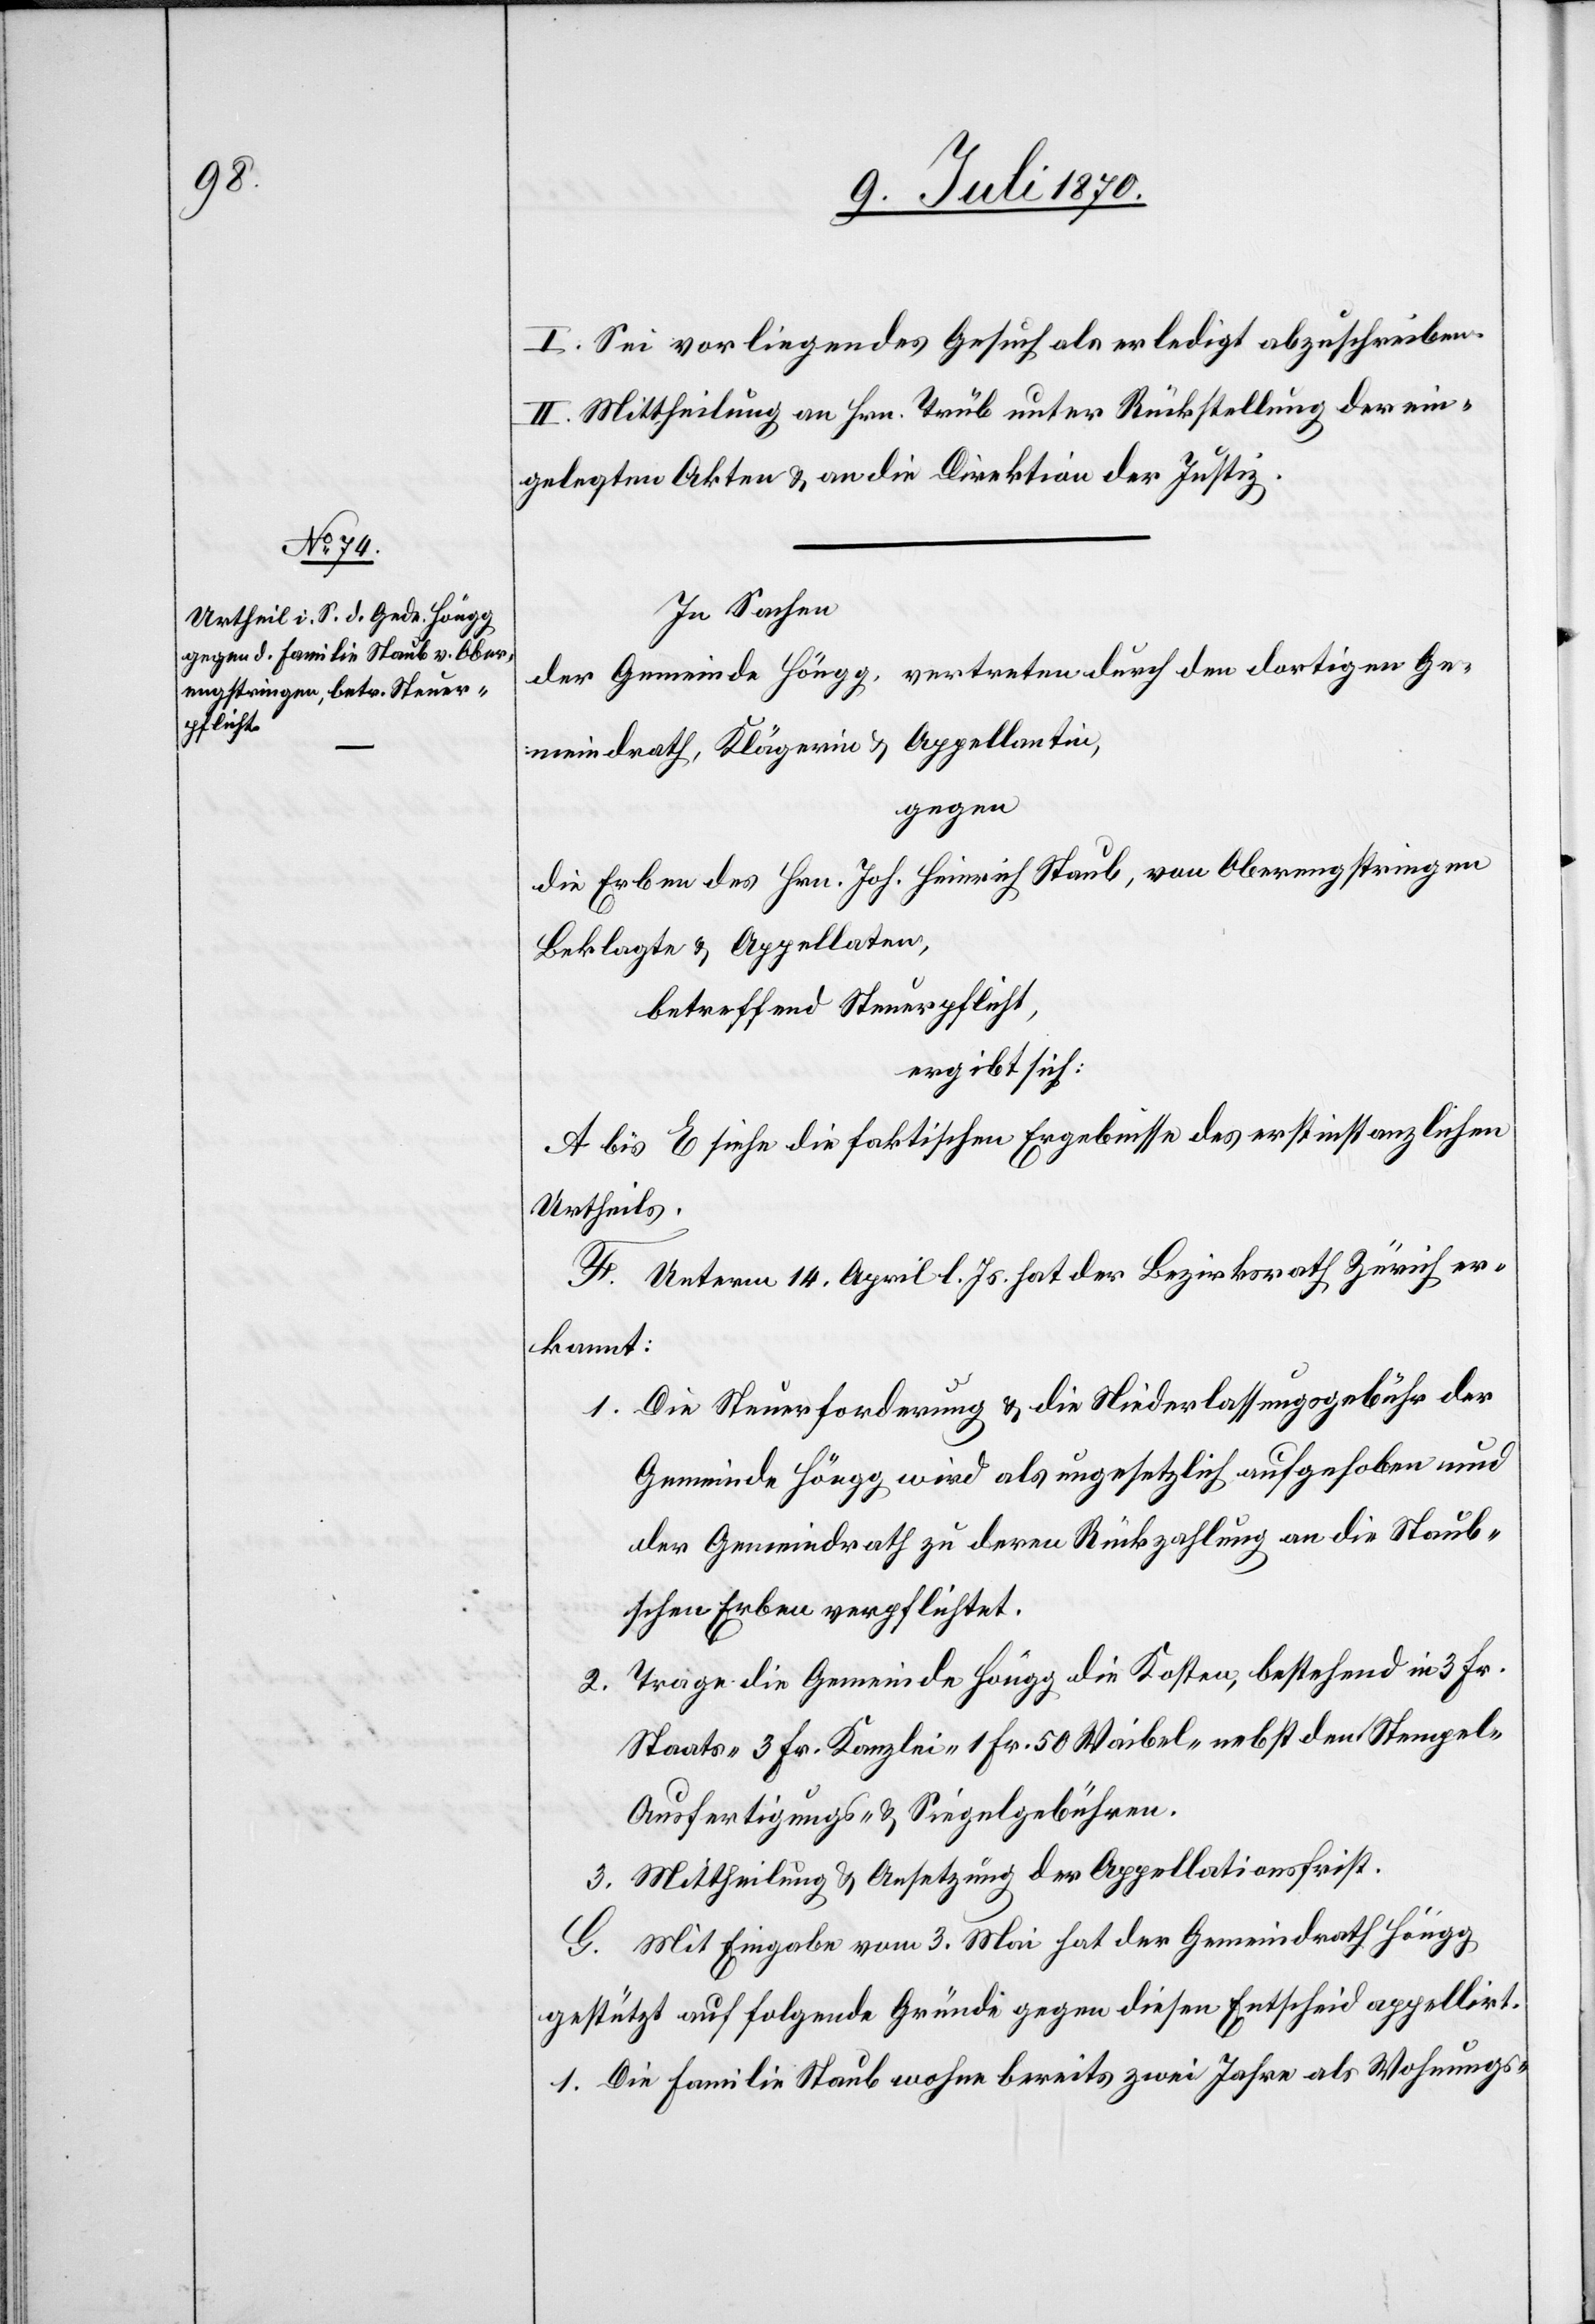
I. Sei vorliegendes Gesuch als erledigt abzuschreiben.
II. Mittheilung an Hrn. Trüb unter Rückstellung der ein¬
gelegten Akten & an die Direktion der Justiz.
In Sachen
der Gemeinde Höngg, vertreten durch den dortigen Ge¬
meindrath, Klägerin & Appellantin,
gegen
die Erben des Hrn. Joh. Heinrich Staub, von Oberengstringen
Beklagte & Appellaten,
betreffend Steuerpflicht,
ergibt sich:
A. bis E. siehe die faktischen Ergebnisse des erstinstanzlichen
Urtheils.
F. Unterm 14. April l. Js. hat der Bezirksrath Zürich er¬
kannt:
1. Die Steuerforderung & die Niederlassungsgebühr der
Gemeinde Höngg wird als ungesetzlich aufgehoben und
der Gemeindrath zu deren Rückzahlung an die Staub¬
schen Erben verpflichtet.
2. Trage die Gemeinde Höngg die Kosten, bestehend in 3 Fr.
Staats- 3 Fr. Kanzlei-1 Fr. 50 Waibel- nebst den Stempel-
Ausfertigungs- & Siegelgebühren.
3. Mittheilung & Ansetzung der Appellationsfrist.
G. Mit Eingabe vom 3. Mai hat der Gemeindrath Höngg
gestützt auf folgende Gründe gegen diesen Entscheid appellirt.
1. Die Familie Staub wohne bereits zwei Jahre als Wohnungs-